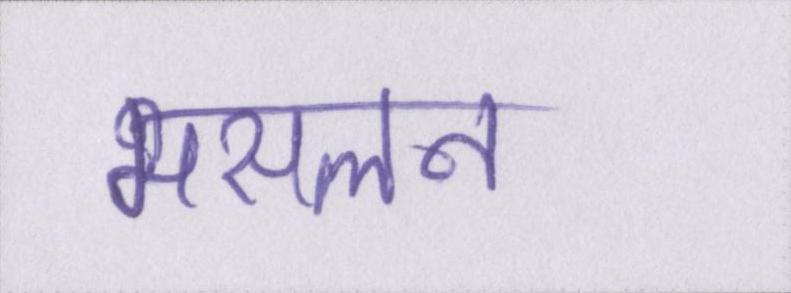
मसलन